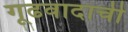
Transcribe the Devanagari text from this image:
गूढवादाची